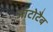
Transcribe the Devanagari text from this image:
ऑटोटैब